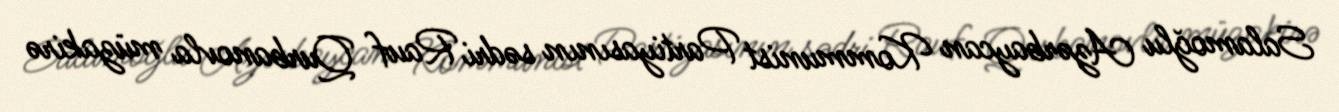
Salamoğlu Azərbaycan Kommunist Partiyasının sədri Rauf Qurbanovla müzakirə